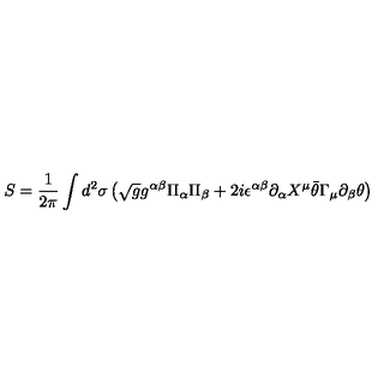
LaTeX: S = \frac { 1 } { 2 \pi } \int d ^ { 2 } \sigma \left( \sqrt { g } g ^ { \alpha \beta } \Pi _ { \alpha } \Pi _ { \beta } + 2 i \epsilon ^ { \alpha \beta } \partial _ { \alpha } X ^ { \mu } \bar { \theta } \Gamma _ { \mu } \partial _ { \beta } \theta \right)